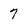
Character: 7